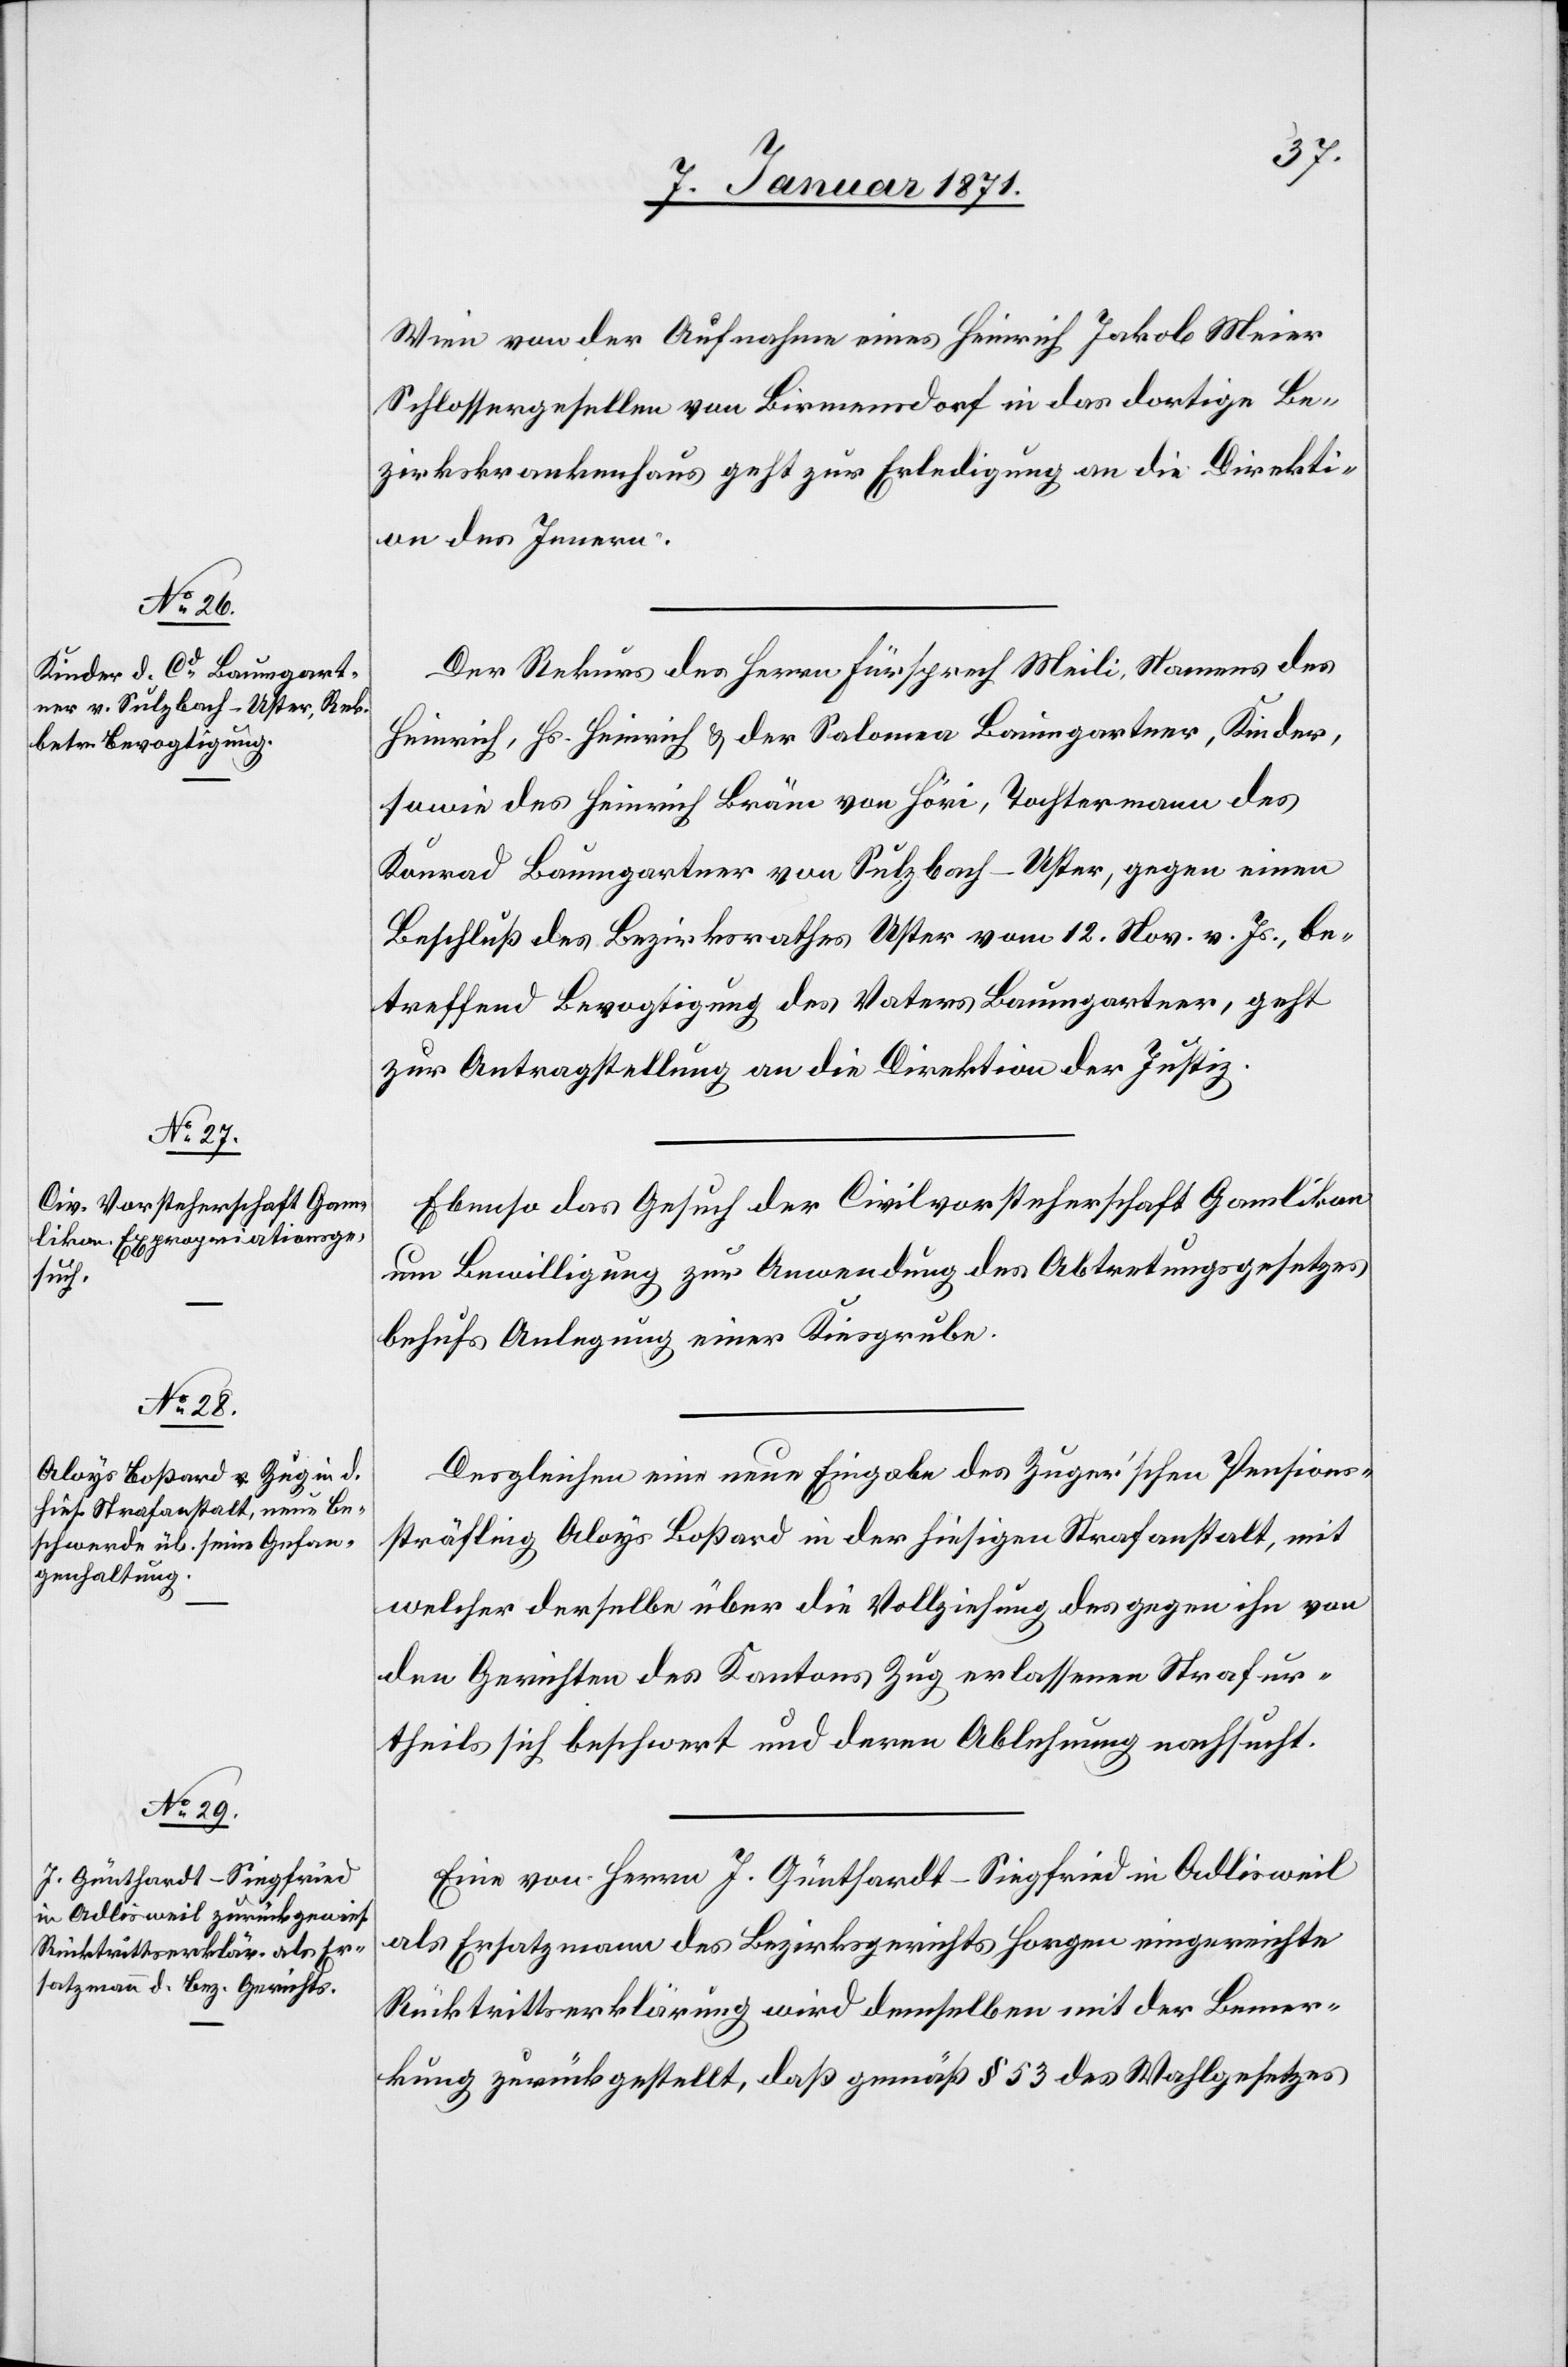
7. Januar 1871.]
Wien von der Aufnahme eines Heinrich Jakob Meier
Schlossergesellen von Birmensdorf in das dortige Be¬
zirkskrankenhaus geht zur Erledigung an die Direkti¬
on des Innern.
Der Rekurs des Herrn Fürsprech Meili, Namens des
Heinrich, Hs. Heinrich & der Salomea Baumgartner, Kinder,
sowie des Heinrich Bräm von Höri, Tochtermann des
Konrad Baumgartner von Sulzbach-Uster, gegen einen
Beschluß des Bezirksrathes Uster vom 12. Nov. v. Js., be¬
treffend Bevogtigung des Vaters Baumgartner, geht
zur Antragstellung an die Direktion der Justiz.
Ebenso das Gesuch der Civilvorsteherschaft Gamlikon
um Bewilligung zur Anwendung des Abtretungsgesetzes
behufs Anlegung einer Kiesgrube.
Dergleichen eine neue Eingabe des Zugerischen Pensions¬
sträfling Aloys Boßhard in der hiesigen Strafanstalt, mit
welcher derselbe über die Vollziehung des gegen ihn von
den Gerichten des Kantons Zug erlassenen Strafur¬
theils sich beschwert und deren Ablehnung nachsucht.
Eine von Herrn J. Günthardt-Siegfried in Adlisweil
als Ersatzmann des Bezirkgerichts Horgen eingereichte
Rücktrittserklärung wird demselben mit der Bemer¬
kung zurückgestellt, daß gemäß § 53 des Wahlgesetzes